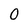
Character: 0